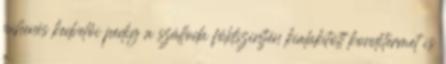
pihenés kedvelői pedig a szálloda földszintjén kialakított konditermet is